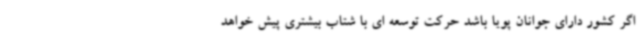
اگر کشور دارای جوانان پویا باشد حرکت توسعه ای با شتاب بیشتری پیش خواهد